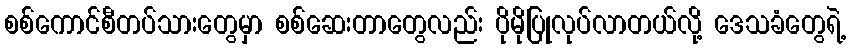
စစ်ကောင်စီတပ်သားတွေမှာ စစ်ဆေးတာတွေလည်း ပိုမိုပြုလုပ်လာတယ်လို့ ဒေသခံတွေရဲ့